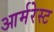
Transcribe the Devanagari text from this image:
आर्मरेस्ट